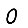
Digit: 0